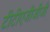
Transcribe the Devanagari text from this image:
टीटीएजीजीजी